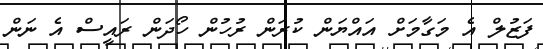
ފަޒުލް އެ މަގާމަށް އައްޔަން ކުރަން ރުހުން ހޯދަން ރައީސް އެ ނަން